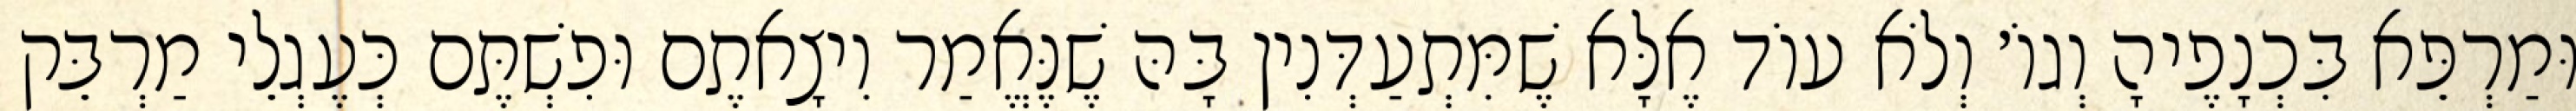
וּמַרְפֵּא בִּכְנָפֶיהָ וְגוֹ׳ וְלֹא עוֹד אֶלָּא שֶׁמִּתְעַדְּנִין בָּהּ שֶׁנֶּאֱמַר וִיצָאתֶם וּפִשְׁתֶּם כְּעֶגְלֵי מַרְבֵּק